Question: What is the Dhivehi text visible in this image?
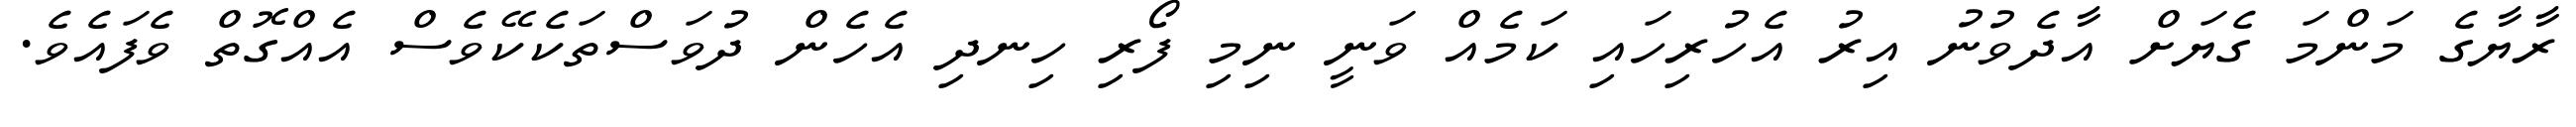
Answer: ރާޔާގެ މަންމަ ގެޔަށް އާދެވުނު އިރު އެހުރިހައި ކަމެއް ވަނީ ނިމި ފޯރި ހިނދި އެހެން ދުވަސްތަކެކޭވެސް އެއްގޮތް ވެފައެވެ.